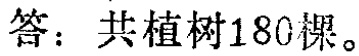
答：共植树180棵。